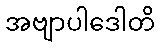
အဗျာပါဒေါတိ